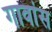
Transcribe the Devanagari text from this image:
गावांस